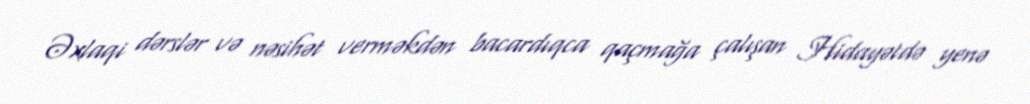
Əxlaqi dərslər və nəsihət verməkdən bacardıqca qaçmağa çalışan Hidayətdə yenə